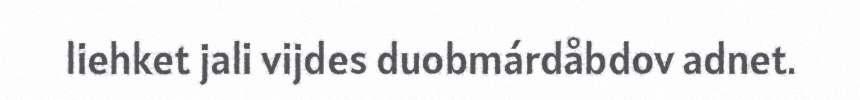
liehket jali vijdes duobmárdåbdov adnet.